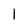
Character: l